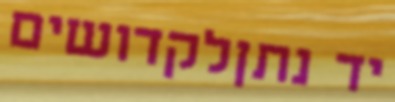
יד נתןלקדושים